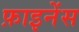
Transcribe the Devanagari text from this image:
फ़ाइनेंस